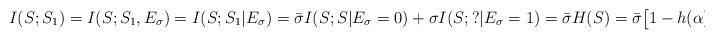
LaTeX: \begin{align*}I(S;S_1)=I(S;S_1,E_\sigma)=I(S;S_1|E_\sigma)=\bar{\sigma}I(S;S|E_\sigma=0)+\sigma I(S;?|E_\sigma=1)=\bar{\sigma}H(S)=\bar{\sigma}\big[1-h(\alpha)\big].\end{align*}